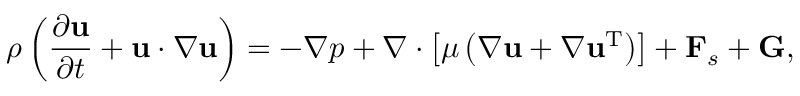
\rho \left( { \frac { { \partial { \bf { u } } } } { { \partial t } } + { \bf { u } } \cdot \nabla { \bf { u } } } \right) = - \nabla p + \nabla \cdot \left[ { \mu \left( { \nabla { \bf { u } } + \nabla { { \bf { u } } ^ { \mathrm { T } } } } \right) } \right] + { { \bf { F } } _ { s } } + { \bf { G } } ,